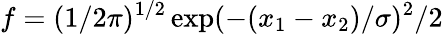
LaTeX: f=(1/2\pi)^{1/2}\exp(-(x_{1}-x_{2})/\sigma)^{2}/2